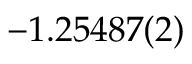
- 1 . 2 5 4 8 7 ( 2 )